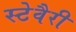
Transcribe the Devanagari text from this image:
स्टेवैरी